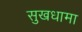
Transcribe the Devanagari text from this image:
सुखधामा